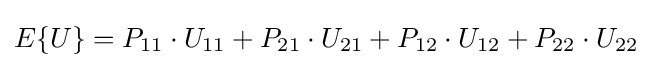
E\{U\}=P_{11}\cdot U_{11}+P_{21}\cdot U_{21}+P_{12}\cdot U_{12}+P_{22}\cdot U_{22}